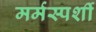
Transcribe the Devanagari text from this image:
मर्मस्‍पर्शी